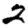
Digit: 2